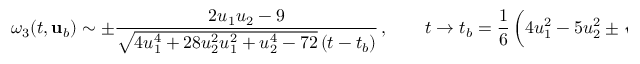
\omega _ { 3 } ( t , { \mathbf { u } } _ { b } ) \sim \pm \frac { 2 u _ { 1 } u _ { 2 } - 9 } { \sqrt { 4 u _ { 1 } ^ { 4 } + 2 8 u _ { 2 } ^ { 2 } u _ { 1 } ^ { 2 } + u _ { 2 } ^ { 4 } - 7 2 } \left( t - t _ { b } \right) } \, , \qquad t \to t _ { b } = \frac { 1 } { 6 } \left( 4 u _ { 1 } ^ { 2 } - 5 u _ { 2 } ^ { 2 } \pm \sqrt { 4 u _ { 1 } ^ { 4 } + 2 8 u _ { 2 } ^ { 2 } u _ { 1 } ^ { 2 } + u _ { 2 } ^ { 4 } - 7 2 } \right) \, .